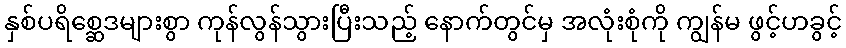
နှစ်ပရိစ္ဆေဒများစွာ ကုန်လွန်သွားပြီးသည့် နောက်တွင်မှ အလုံးစုံကို ကျွန်မ ဖွင့်ဟခွင့်